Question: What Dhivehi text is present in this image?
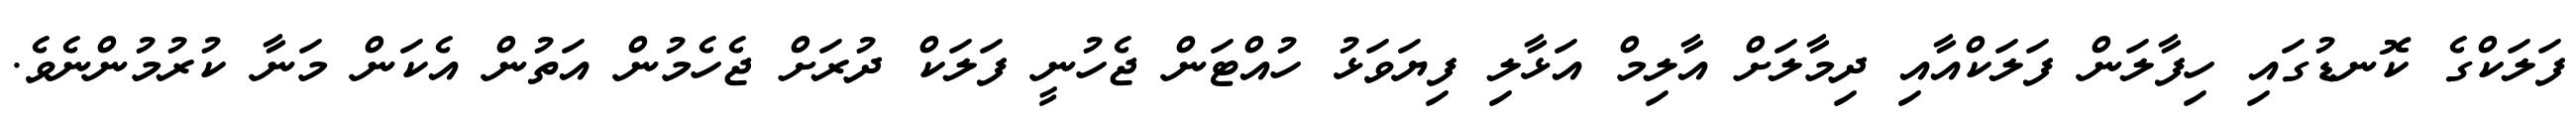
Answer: ފަލަކްގެ ކޮނޑުގައި ހިފާލަން ފަލަކްއާއި ދިމާލަށް އާލިމް އަޅާލި ފިޔަވަޅު ހުއްޓަން ޖެހުނީ ފަލަކް ދުރަށް ޖެހެމުން އަތުން އެކަން މަނާ ކުރުމުންނެވެ.